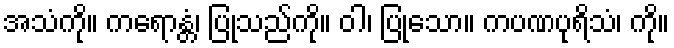
အသံကို။ ကရောန္တံ၊ ပြုသည်ကို။ ဝါ၊ ပြုသော။ ကပဏပုရိသံ၊ ကို။